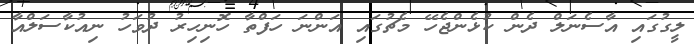
ލީގުގައި އާސެނަލް ދެން ކުޅެންޖެހޭ މެޗުގައި އަންނަ ހަފްތާ ހޮނިހިރު ދުވަހު ނިއުކާސަލްއާ